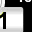
Digit: 1